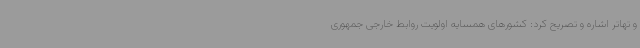
و تهاتر اشاره و تصریح کرد: کشورهای همسایه اولویت روابط خارجی جمهوری